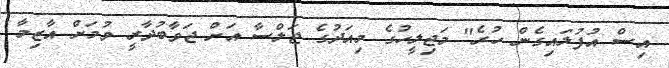
އިސް އުފުލައިގެން ހުރެ" މަޖިލީހުގެ މިއަދުގެ ޖަލްސާ އަށް ޖަވާބުދާރީ ވުމަށް އާޒިމާ